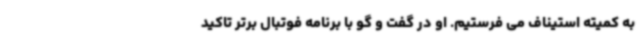
به کمیته استیناف می فرستیم. او در گفت و گو با برنامه فوتبال برتر تاکید